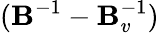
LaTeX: (\mathbf{B}^{-1}-\mathbf{B}_{v}^{-1})